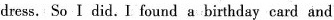
dress. So I did. I found a birthday card and